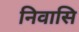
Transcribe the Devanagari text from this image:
निवासि